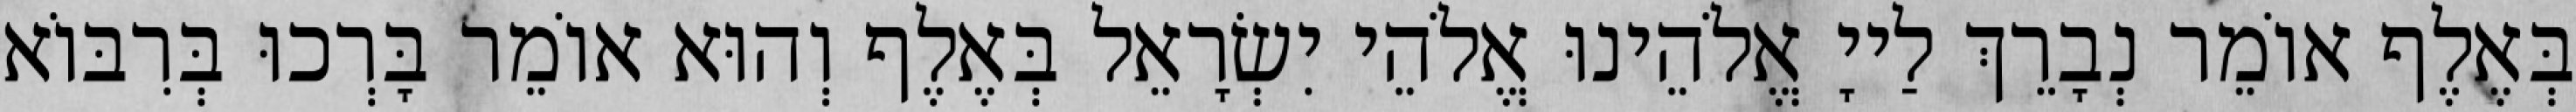
בְּאֶלֶף אוֹמֵר נְבָרֵךְ לַייָ אֱלֹהֵינוּ אֱלֹהֵי יִשְׂרָאֵל בְּאֶלֶף וְהוּא אוֹמֵר בָּרְכוּ בְּרִבּוֹא